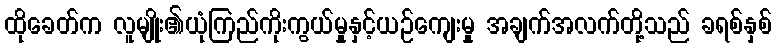
ထိုခေတ်က လူမျိုး၏ယုံကြည်ကိုးကွယ်မှုနှင့်ယဉ်ကျေးမှု အချက်အလက်တို့သည် ခရစ်နှစ်